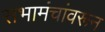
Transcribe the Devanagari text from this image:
सभामंचांवरून